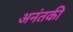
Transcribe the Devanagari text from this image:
अनंतकी